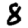
Digit: 8